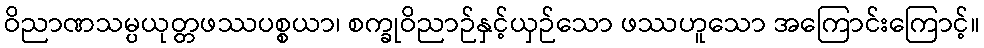
ဝိညာဏသမ္ပယုတ္တဖဿပစ္စယာ၊ စက္ခုဝိညာဉ်နှင့်ယှဉ်သော ဖဿဟူသော အကြောင်းကြောင့်။